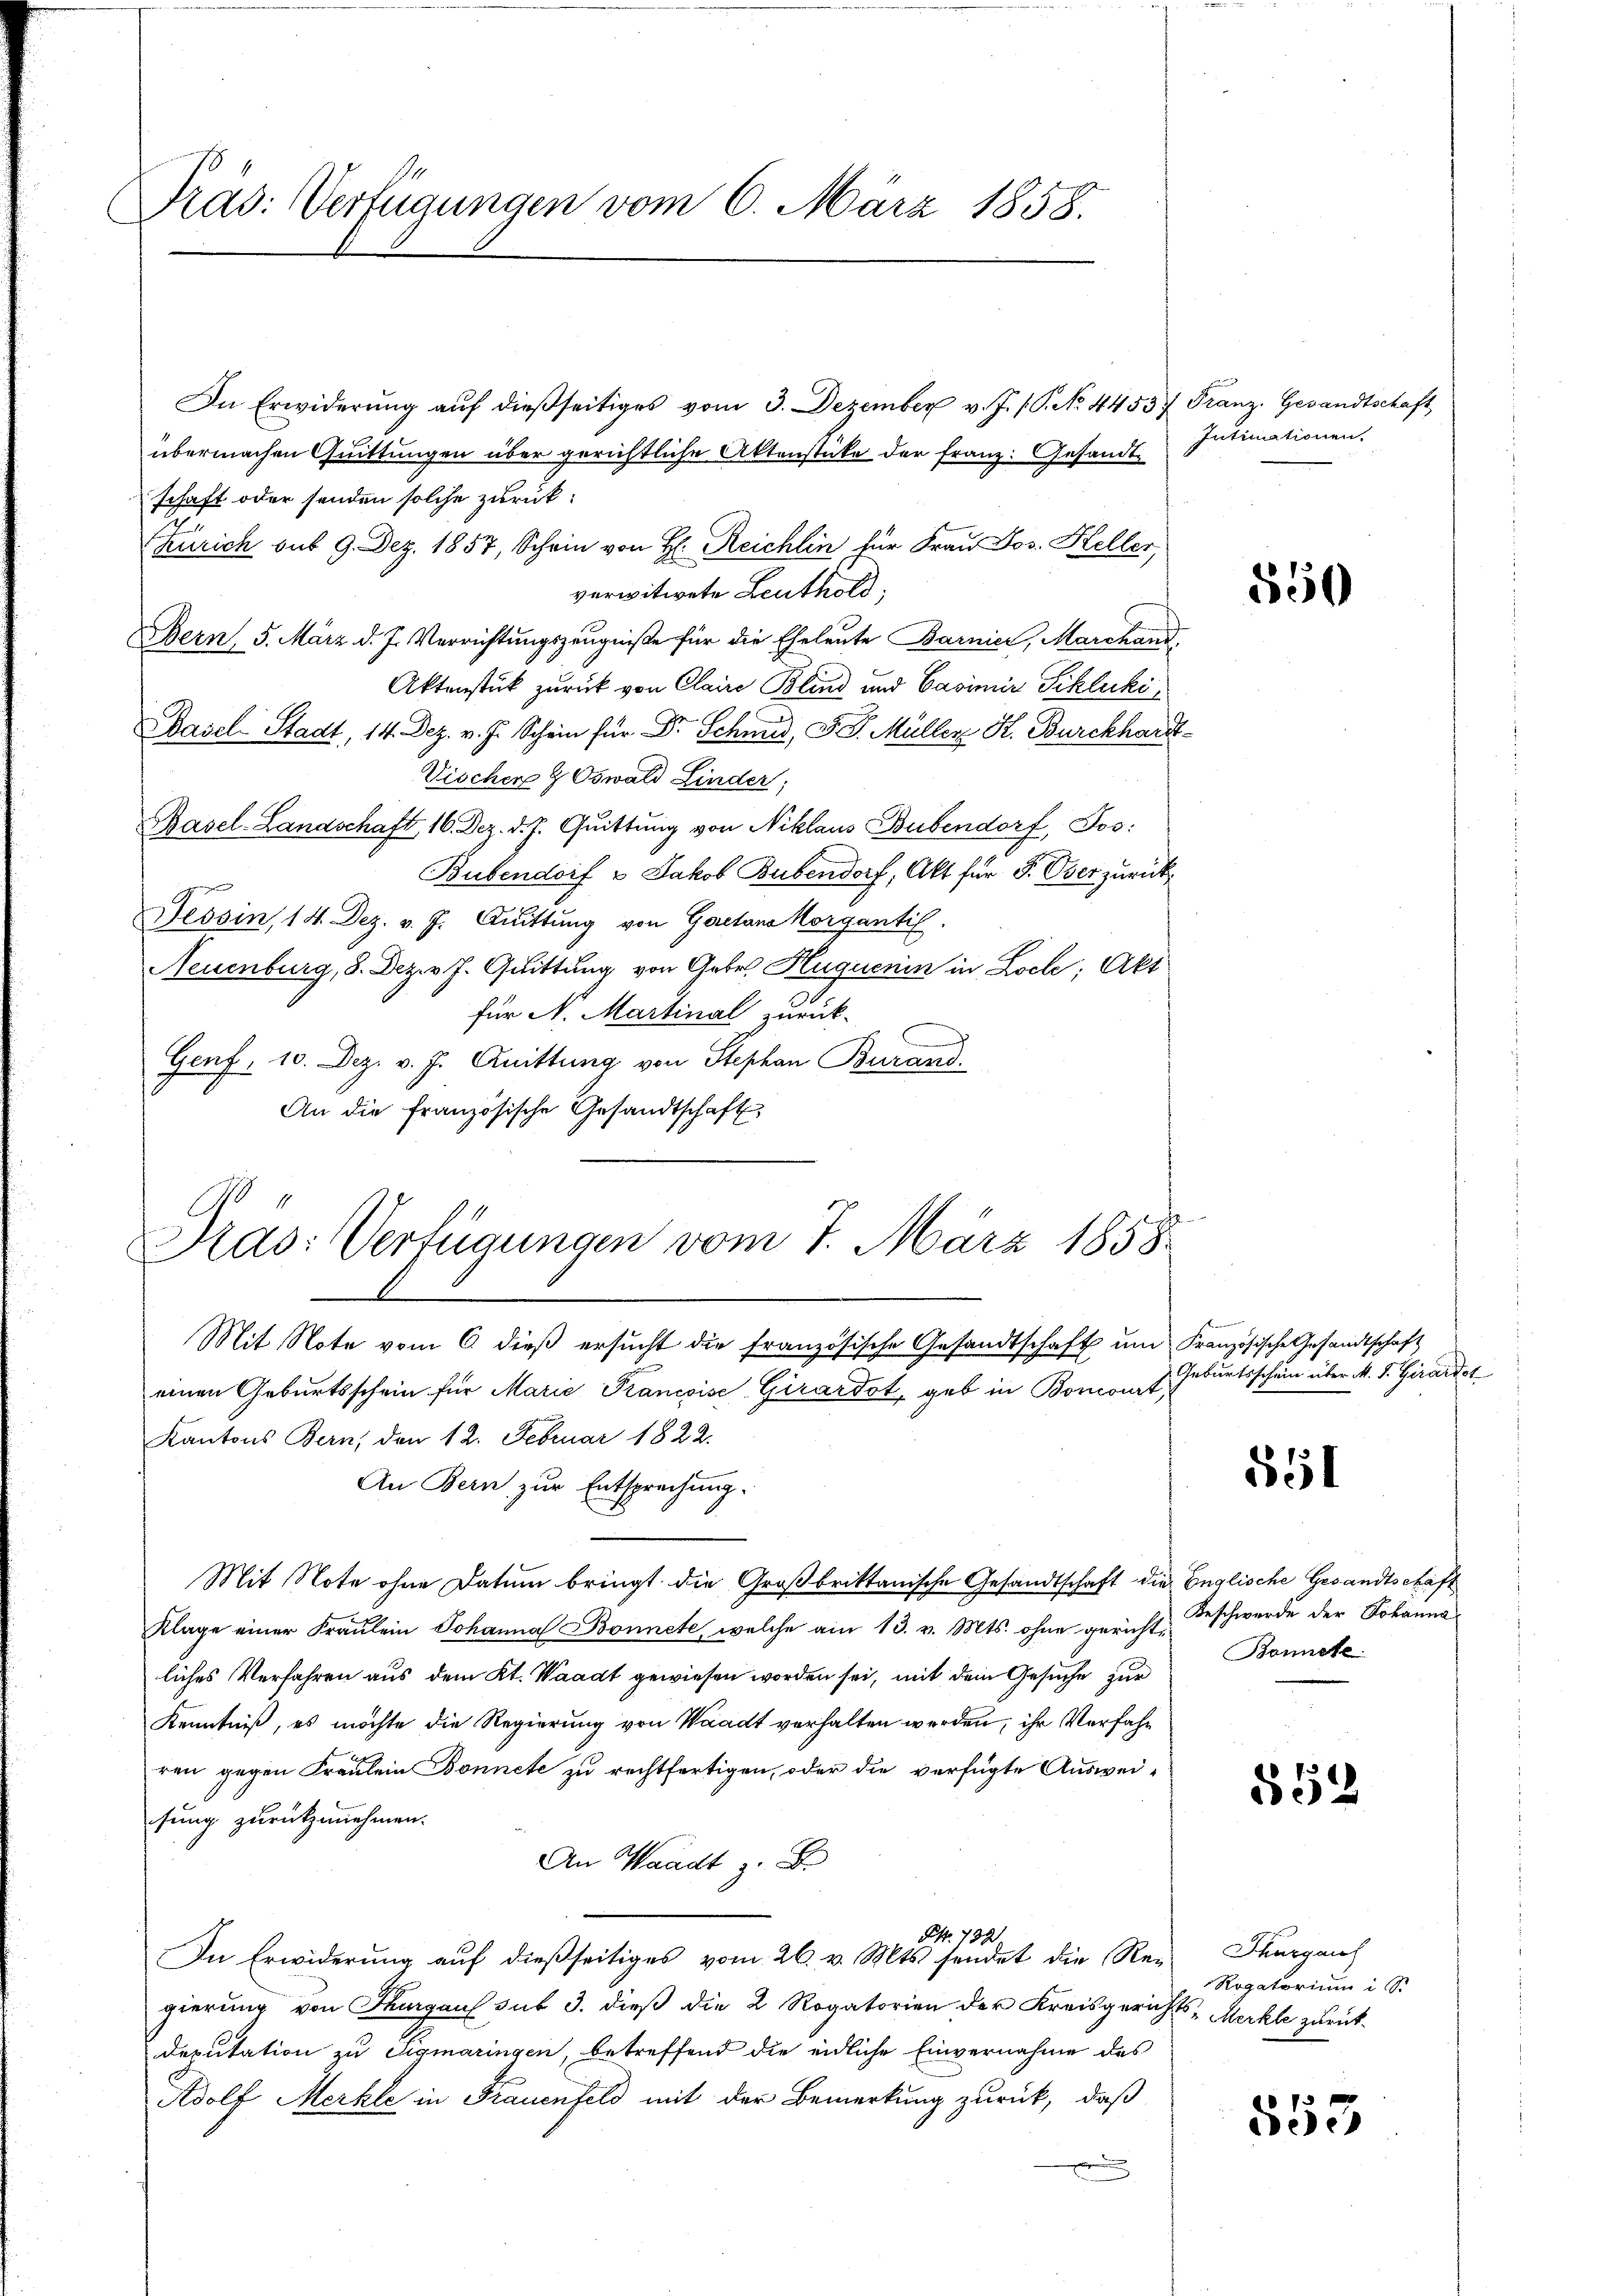
Präs. Verfügungen vom 6. März 1858.

In Erwiderŭng aŭf dießseitiges vom 3. Dezember v. J. J. P. No. 4453/ Franz. Gesandtschaft
übermachen Quittungen über gerichtliche Aktenstüke der Franz: Gesandtschaft oder senden solche zurück:
Zürich sub 9. Dez. 1857, Schein von H: Reichlin für Frau Jos. Heller,
verwitwete Leuthold;
Bern, 5. März d. J. Verrichtungszeugniße für die Eheleute Barnier, Marchand
Aktenstück zurück von Claire Blind und Casimir Schlucki
Basel-Stadt, 14. Dez. v. J. Schein für Dr. Schmid, G. P. Müller H. Burckhardt-
Fischer & Oswald Linder;
Pasel-Landschaft 16. Dez. d. J. Quittung von Niklaus Bubendorf, Jos:
Bubendorf & Jakob Bubendorf, Akt für P. Oser zurück¬
Tessin, 14. Dez. v. J. Quittung von Gaetans Horgantil
Neuenburg, 8. Dez. v. J. Quittung von Gebr. Huguenin in Loche; Akt
für N. Martinal zurück-
Genf, 10. Dez. v. J. Quittung von Stephan Burand.
An die französische Gesandtschaft

Pras: Verfügungen vom 7. März 1858
Mit Note vom 6. dieß ersucht die französische Gesandtschaft ŭm Französische Gesandtschaft
einen Geburtsschein für Marie Krancoise. Girardot, geb in Boncourt,

Kantons Bern, den 12. Februar 1822.
An Bern zur Entsprechung.
Mit Note ohne Datum bringt die Großbrittanische Gesandtschaft die Englische Gesandtschaft
Klage einer Fraŭlein Johanna Bonnete, welche am 13. v. Mts. ohne gerichtliches Verfahren aus dem Kt. Waadt gewiesen worden sei, mit dem Gesuche zur
Kenntniß, es möchte die Regierung von Waadt verhalten werden, ihr Verfahr
ren gegen Fraulein Bonnete zu rechtfertigen, oder die verfügte Ausweisung zurückzunehmen.
An Waadt z. B.
Pkt. 1391
In Erwiderung auf dießseitiges vom 26. v. Mts. sendet die Rei
gierung von Thurgaus sub 3. dieß die 2 Rogatorien der Kreisgerichts- Merkte zurück-
Deputation zu Sigmaringen, betreffend die eidliche Einvernahme des
Adolf Merkle in Frauenfeld mit der Bemerkung zurück, daß

Intimationen

550

Geburtsschein über M. J. Girardst

551

Beschwerde der Johanna
Bonnete.

852

Schurgau
Rogatorium in

Bede